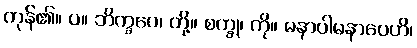
ကုန်၏။ ပ။ ဘိက္ခဝေ၊ တို့။ စက္ခု၊ ကို။ မနာပါမနာပေဟိ၊